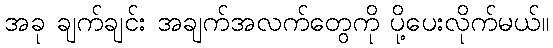
အခု ချက်ချင်း အချက်အလက်တွေကို ပို့ပေးလိုက်မယ်။